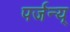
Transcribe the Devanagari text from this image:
पर्जन्य्